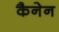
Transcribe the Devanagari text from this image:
कैनेन